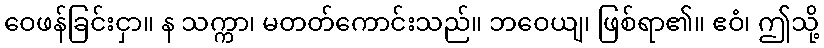
ဝေဖန်ခြင်းငှာ။ န သက္ကာ၊ မတတ်ကောင်းသည်။ ဘဝေယျ၊ ဖြစ်ရာ၏။ ဧဝံ၊ ဤသို့